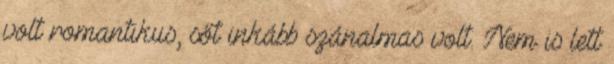
volt romantikus, sőt inkább szánalmas volt. Nem is lett